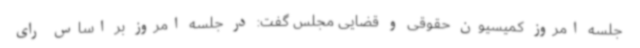
جلسه امروز کمیسیون حقوقی و قضایی مجلس گفت: در جلسه امروز بر اساس رای